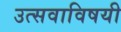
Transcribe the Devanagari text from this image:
उत्सवाविषयी